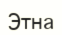
Этна